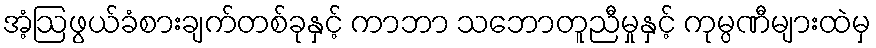
အံ့ဩဖွယ်ခံစားချက်တစ်ခုနှင့် ကာဘာ သဘောတူညီမှုနှင့် ကုမ္ပဏီများထဲမှ